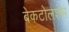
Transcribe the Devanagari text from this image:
बेकटोलशेम